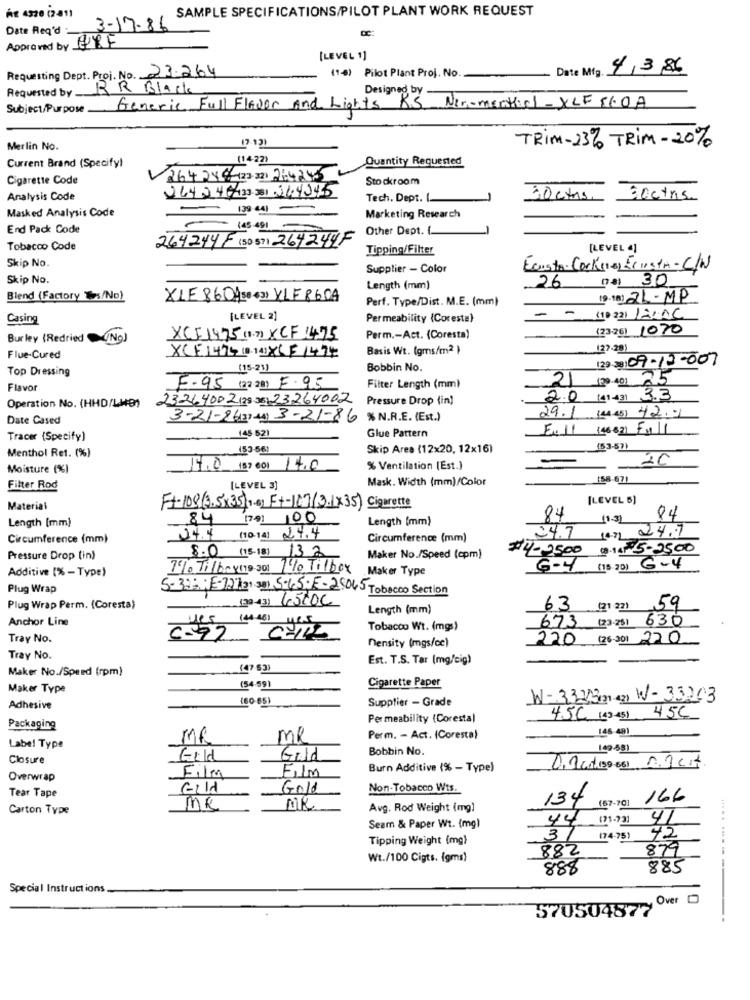
SAMPLE SPECIFICATIONS/PILOT PLANT WORK REQUEST
AE 4320 (2 81)
Date Req'd :
3-17.86
Approved by ELF
[LEVEL 1]
Requesting Dept. Proj. No. 23.264
(1-6) Pilot Plant Proj. No.
Date Mig. 4/3/86
Requested by _
RR Black
Designed by
Subject/Purpose
Generic Full Flavor And Lights RS Ner-menthel- XLF 81.0A
(7.13)
TRIM-23% TRIM - 20%
Merlin No.
(1422)
Quantity Requested
Current Brand (Specifyl
Cigarette Code
264288-(23.32) 26425
Stockroom
264246/43-251.21.4945
Analysis Code
Tech. Dept. I.
30 cms.
Socthis
139 44] -
Marketing Research
Masked Analysis Code
End Pack Code
- 145 491
Other Dept. 1.
264244F (SD) 57) 264244F
Tobacco Code
Tipping/Filter
[LEVEL "]
Skip No.
Supplier - Color
Ecusto. Cook(e) ErISTA-CIN
Skip No.
26 na 30
Length (mm)
Blend (Factory "s/No)
XIE 860(Sa (3) YLF860A
Perf. Type/Dist. M.E. (mm)
(ga) 2L-MP
Casing
[LEVEL 2]
Permeability (Coresta)
- - (19 221 /2AC
(23-26) 1070
Burley (Redried
No
XCF1475 (1.7) XCF 1475
Perm .- Act. (Coresta)
-
Basis Wt. (gms/m2 }
(27-28)
Flue-Cured
XCE1474 (0-14) X6F1474
129-33: 09-12-007
Top Dressing
(15-21)
Bobbin No.
25
Flavor
7.95 (22 20) F.95
Filter Length (mm)
2 (20 40)
Operation No. (HHD/LW9)
23264002(2) 36)23264002
Pressure Drop (in)
2.0 (41 431 3.3
Date Cased
3-21-26(37 44) 3-21-86 % N.R.E. (Est.)
29.1 (445) 42.0
E.11 (4682) Fy11
Tracer (Specify)
145 521
Glue Pattern
Menthol Ret. (%)
Skip Area (12x20, 12x16)
(53-57)
20
Moisture (%)
17.0 (89 60) 14.0
% Ventilation (Est.)
Mask. Width (mm)/Color
158.67)
Filter Rod
[LEVEL 3]
[LEVEL 5)
Material
Ft-108(3,5x35) 1-6] Ft-107(3.1x35) Cigarette
84 [79] 100
Length (mm)
84
84
Length [mm)
Circumference (mm)
24.4 (10.14) 2.4.4
Circumference (mm)
24.7 14) 24.7
#4-25,00 18.14 5-2500
Pressure Drop (in)
8.0 (15-18) 132
Maker No./Speed (cpm)
Additive [% - Type)
710 Tilbe y(19 301
1 140 Tilbox
Maker Type
6-4 (15 20) 6-4
Plug Wrap
5-33; E-7273.301 5-45; E-20045 Tobacco Section
(33-43) 65106
Plug Wrap Perm. (Coresta)
Length (mm)
63 (21 22)
59
Anchor Line
(44 40)
673 (23251 630
Tobacco Wt. (mgs)
Tray No.
6-92
220 (26:30) 220
Mensity (mgs/cc)
Tray No.
Est. T.S. Tar (mg/cig)
Maker No./Speed (rpm)
(47-53)
Maker Type
(54-59)
Cigarette Paper
(60-85)
Supplier - Grade
W-33233 30 W- 33243
Adhesive
Permeability (Coresta)
45C (3 -45) 45C
Packaging
146-48)
MR
Perm. - Act. (Coresta)
Labe! Type
Bobbin No.
149-58)
Closure
Gild
Gold
Film
Burn Additive (% - Type)
Overwrap
Film
Gold
Non-Tobacco Wts.
Tear Tape
134
(67-70]
166
Carton Type
MR
Avg. Rod Weight (mg)
41
... ..
Seam & Paper Wt. (mg)
37
44 1)1.731
Tipping Weight (mg)
174-75)
72
882
879
Wt./100 Cigts. (gms)
888
885
--
Special Instructions
5705048770 0